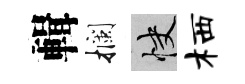
輯攔快栖